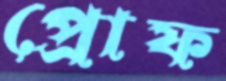
প্রোফ